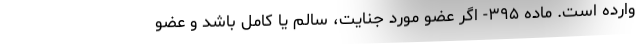
وارده است. ماده ۳۹۵- اگر عضو مورد جنایت، سالم یا کامل باشد و عضو